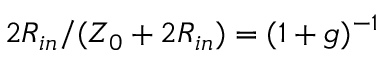
2 R _ { i n } / ( Z _ { 0 } + 2 R _ { i n } ) = ( 1 + g ) ^ { - 1 }